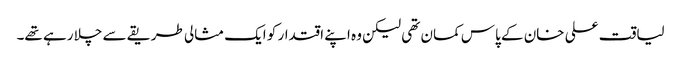
لیاقت علی خان کے پاس کمان تھی لیکن وہ اپنے اقتدار کو ایک مثالی طریقے سے چلا رہے تھے۔